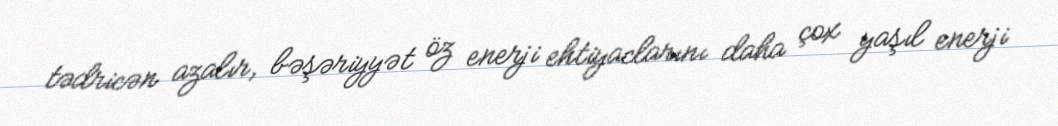
tədricən azalır, bəşəriyyət öz enerji ehtiyaclarını daha çox yaşıl enerji